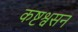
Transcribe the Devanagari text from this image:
कष्टश्वसन